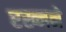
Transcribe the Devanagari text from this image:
रख्नने